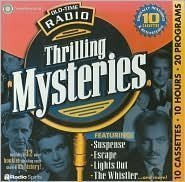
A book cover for Old-Time Radio Thrilling Mysteries (10-Hour Collections) [BOX SET]; Humor & Entertainment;